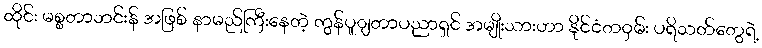
ထိုင်း မစ္စတာဘင်းန် အဖြစ် နာမည်ကြီးနေတဲ့ ကွန်ပူျတာပညာရှင် အမျိုးသားဟာ နိုင်ငံတဝှမ်း ပရိသတ်တွေရဲ့